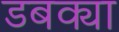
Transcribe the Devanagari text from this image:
डबक्या